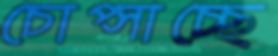
চোপ্‌সাচ্ছে